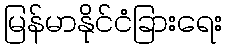
မြန်မာနိုင်ငံခြားရေး